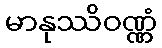
မာနုဿိဝဏ္ဏံ